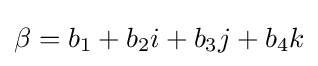
\beta =b_{1}+b_{2}i+b_{3}j+b_{4}k